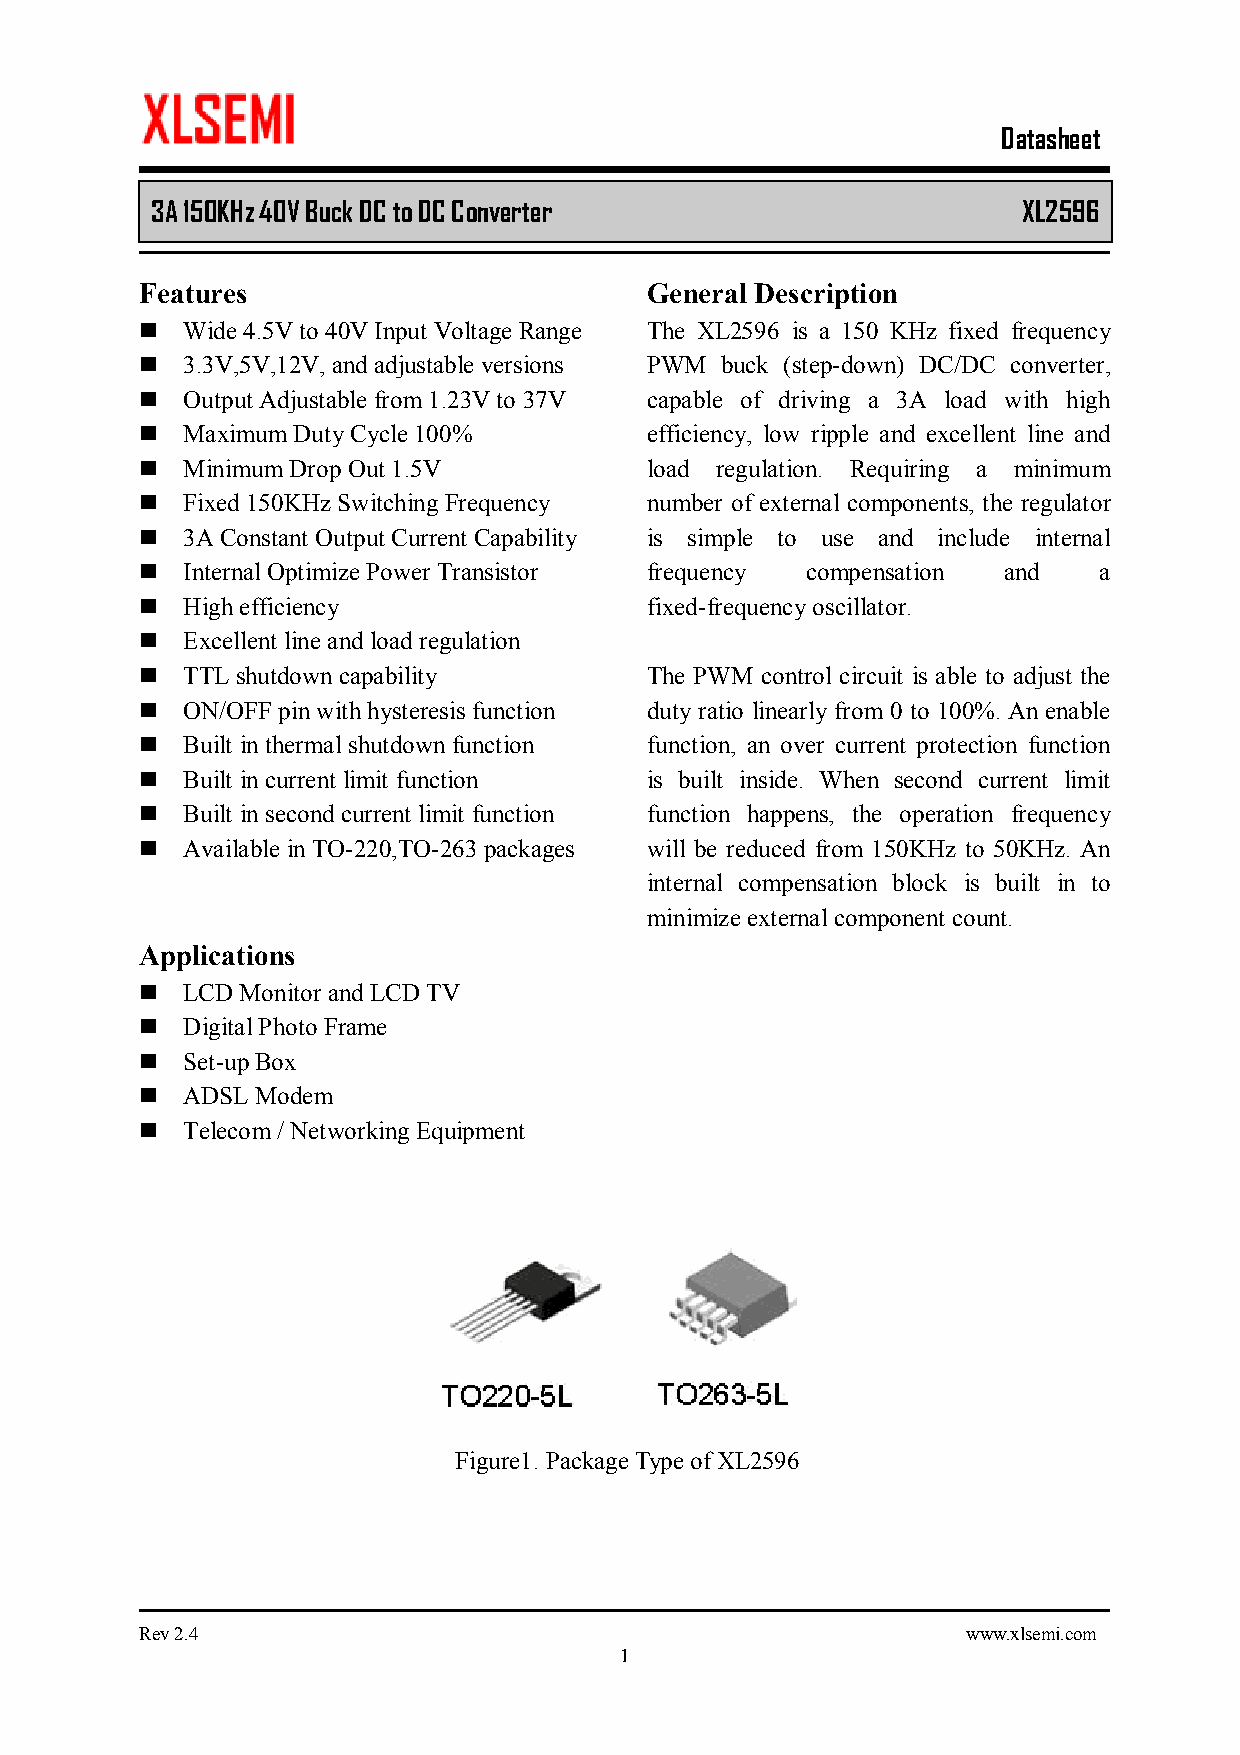
Datasheet
 3A 150KHz 40V Buck DC to DC Converter         XL2596
 Features                          General Description
 n  Wide 4.5V to 40V Input Voltage Range The XL2596 is a 150 KHz fixed frequency
 n  3.3V,5V,12V, and adjustable versions PWM buck (step-down) DC/DC converter,
 n  Output Adjustable from 1.23V to 37V capable of driving a 3A load with high
 n  Maximum Duty Cycle 100%        efficiency, low ripple and excellent line and
 n  Minimum Drop Out 1.5V          load regulation. Requiring a minimum
 n  Fixed 150KHz Switching Frequency number of external components, the regulator
 n  3A Constant Output Current Capability is simple to use and include internal
 n  Internal Optimize Power Transistor frequency compensation and a
 n  High efficiency                fixed-frequency oscillator.
 n  Excellent line and load regulation
 n  TTL shutdown capability        The PWM control circuit is able to adjust the
 n  ON/OFF pin with hysteresis function duty ratio linearly from 0 to 100%. An enable
 n  Built in thermal shutdown function function, an over current protection function
 n  Built in current limit function is built inside. When second current limit
 n  Built in second current limit function function happens, the operation frequency
 n  Available in TO-220,TO-263 packages will be reduced from 150KHz to 50KHz. An
 internal compensation block is built in to
 minimize external component count.
 Applications
 n  LCD Monitor and LCD TV
 n  Digital Photo Frame
 n  Set-up Box
 n  ADSL Modem
 n  Telecom / Networking Equipment
 Figure1. Package Type of XL2596
 Rev 2.4                                                www.xlsemi.com
 1